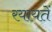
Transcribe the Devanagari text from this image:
रयायतें